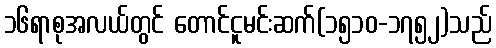
၁၆ရာစုအလယ်တွင် တောင်ငူမင်းဆက်(၁၅၁၀-၁၇၅၂)သည်